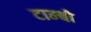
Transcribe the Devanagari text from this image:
टाम्‍बो